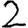
Digit: 2